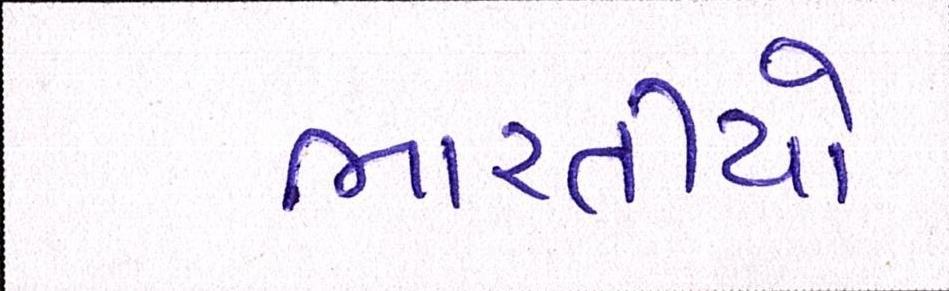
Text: ભારતીયો